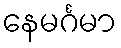
နေမင်္ဂမာ